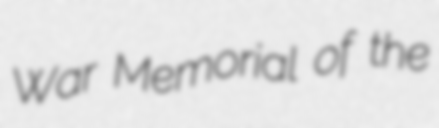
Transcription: War Memorial of the